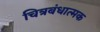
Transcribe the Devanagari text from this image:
चित्रबंधात्मक